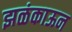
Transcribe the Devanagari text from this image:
झळंकाऊन